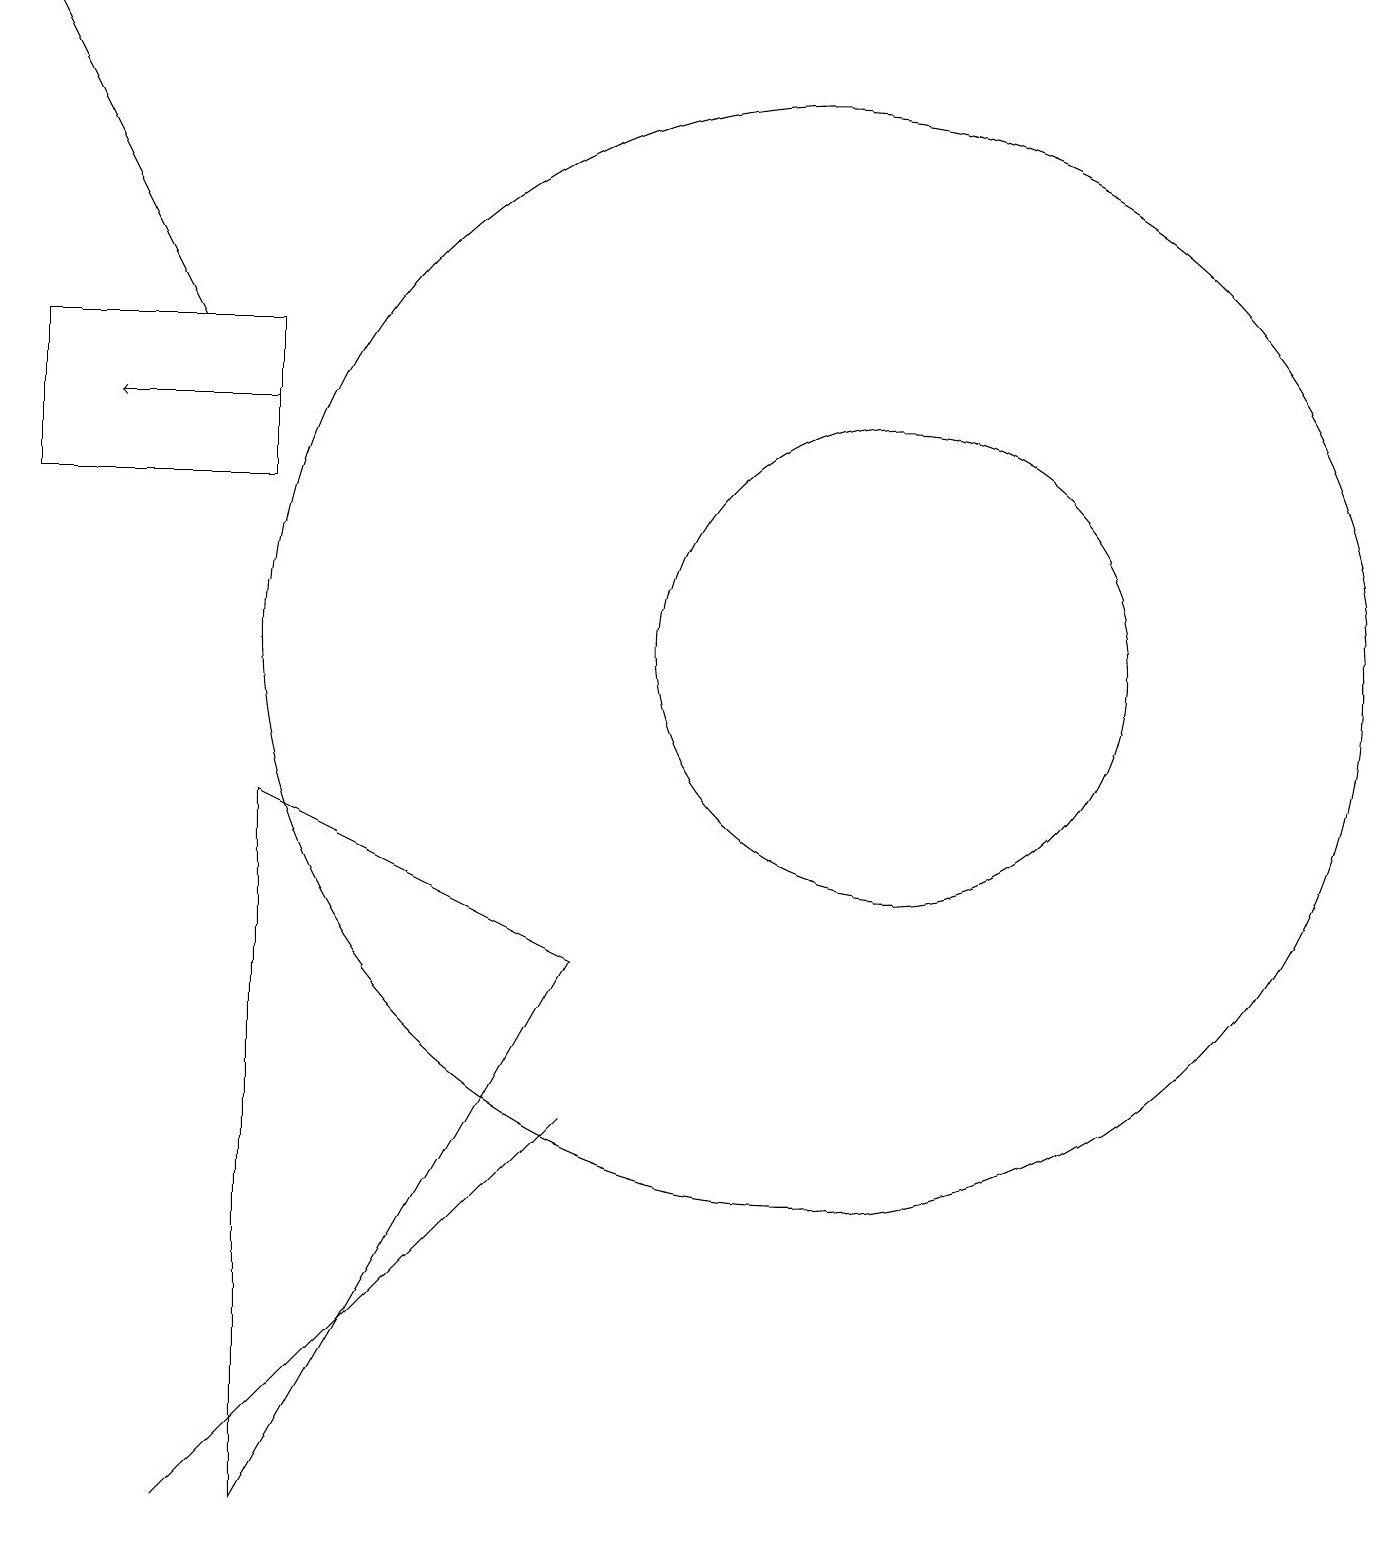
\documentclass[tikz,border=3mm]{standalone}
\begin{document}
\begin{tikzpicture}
\draw (3,15) rectangle (0,13);
\draw (10,11) circle (7);
\draw (3,9) -- (7,7) -- (3,0) -- cycle;
\draw (2,0) -- (5,3) -- (7,5) -- cycle;
\draw[->] (3,14) -- (1,14);
\draw (11,11) circle (3);
\draw[->] (2,15) -- (0,19);
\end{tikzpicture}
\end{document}